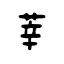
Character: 莘